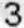
3